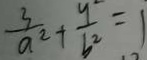
\frac { 3 } { a ^ { 2 } } + \frac { y ^ { 2 } } { b ^ { 2 } } = 1